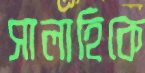
সালাহিকে